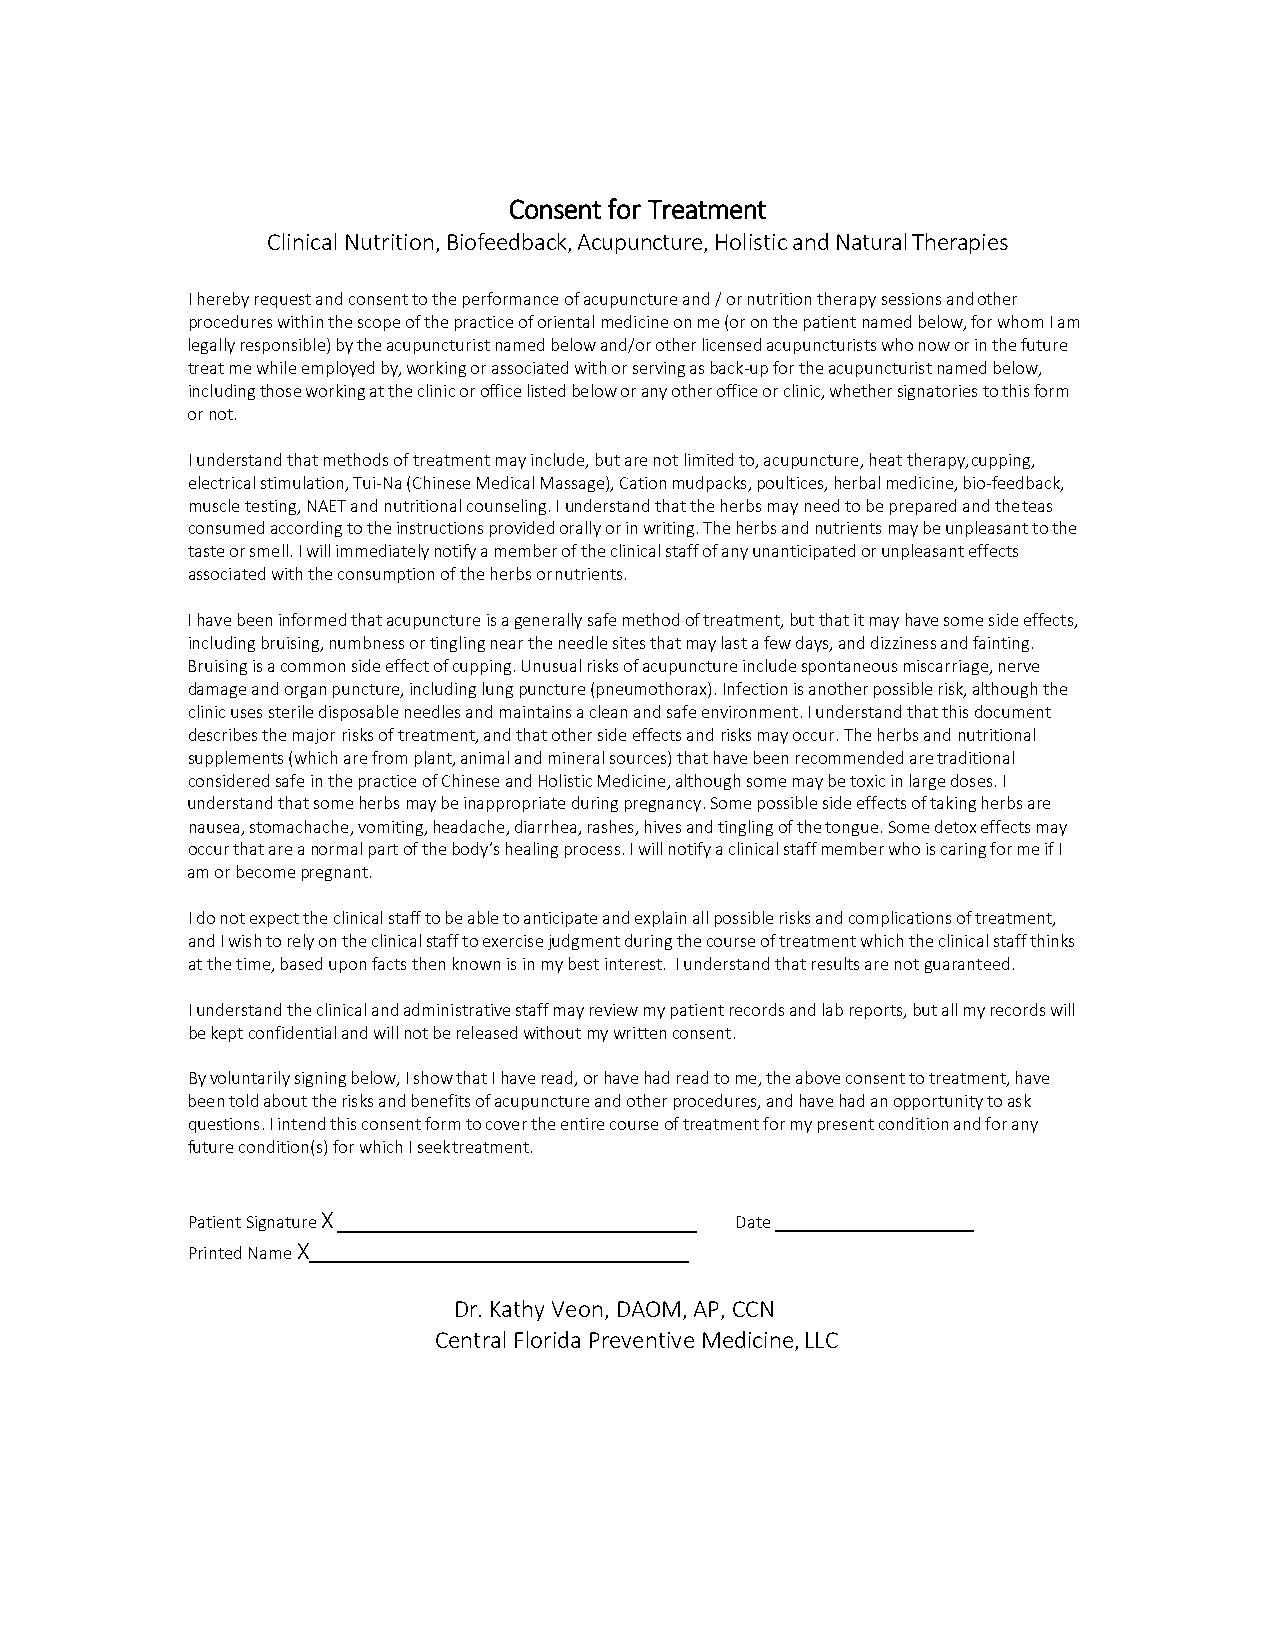
Consent for Treatment
 Clinical Nutrition, Biofeedback, Acupuncture, Holistic and Natural Therapies
 I hereby request and consent to the performance of acupuncture and / or nutrition therapy sessions and other
 procedures within the scope of the practice of oriental medicine on me (or on the patient named below, for whom I am
 legally responsible) by the acupuncturist named below and/or other licensed acupuncturists who now or in the future
 treat me while employed by, working or associated with or serving as back-up for the acupuncturist named below,
 including those working at the clinic or office listed below or any other office or clinic, whether signatories to this form
 or not.
 I understand that methods of treatment may include, but are not limited to, acupuncture, heat therapy, cupping,
 electrical stimulation, Tui-Na (Chinese Medical Massage), Cation mudpacks, poultices, herbal medicine, bio-feedback,
 muscle testing, NAET and nutritional counseling. I understand that the herbs may need to be prepared and the teas
 consumed according to the instructions provided orally or in writing. The herbs and nutrients may be unpleasant to the
 taste or smell. I will immediately notify a member of the clinical staff of any unanticipated or unpleasant effects
 associated with the consumption of the herbs or nutrients.
 I have been informed that acupuncture is a generally safe method of treatment, but that it may have some side effects,
 including bruising, numbness or tingling near the needle sites that may last a few days, and dizziness and fainting.
 Bruising is a common side effect of cupping. Unusual risks of acupuncture include spontaneous miscarriage, nerve
 damage and organ puncture, including lung puncture (pneumothorax). Infection is another possible risk, although the
 clinic uses sterile disposable needles and maintains a clean and safe environment. I understand that this document
 describes the major risks of treatment, and that other side effects and risks may occur. The herbs and nutritional
 supplements (which are from plant, animal and mineral sources) that have been recommended are traditional
 considered safe in the practice of Chinese and Holistic Medicine, although some may be toxic in large doses. I
 understand that some herbs may be inappropriate during pregnancy. Some possible side effects of taking herbs are
 nausea, stomachache, vomiting, headache, diarrhea, rashes, hives and tingling of the tongue. Some detox effects may
 occur that are a normal part of the body’s healing process. I will notify a clinical staff member who is caring for me if I
 am or become pregnant.
 I do not expect the clinical staff to be able to anticipate and explain all possible risks and complications of treatment,
 and I wish to rely on the clinical staff to exercise judgment during the course of treatment which the clinical staff thinks
 at the time, based upon facts then known is in my best interest. I understand that results are not guaranteed.
 I understand the clinical and administrative staff may review my patient records and lab reports, but all my records will
 be kept confidential and will not be released without my written consent.
 By voluntarily signing below, I show that I have read, or have had read to me, the above consent to treatment, have
 been told about the risks and benefits of acupuncture and other procedures, and have had an opportunity to ask
 questions. I intend this consent form to cover the entire course of treatment for my present condition and for any
 future condition(s) for which I seek treatment.
 Patient Signature X                  Date
 Printed Name X
 Dr. Kathy Veon, DAOM, AP, CCN
 Central Florida Preventive Medicine, LLC